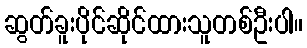
ဆွတ်ခူးပိုင်ဆိုင်ထားသူတစ်ဦးပါ။